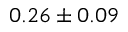
0 . 2 6 \pm 0 . 0 9